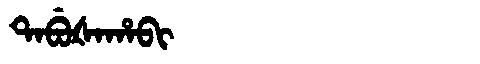
Manchu: ᡨᠠᠪᡠᡧᠠᡥᠠᠪᡳ
Romanization: TABUŠAHABI